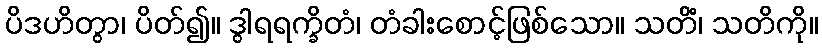
ပိဒဟိတွာ၊ ပိတ်၍။ ဒွါရရက္ခိတံ၊ တံခါးစောင့်ဖြစ်သော။ သတိံ၊ သတိကို။